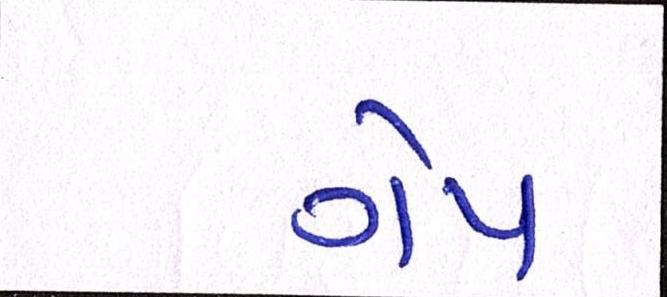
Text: ગેપ